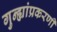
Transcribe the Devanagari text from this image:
गुन्ह्यांप्रकरणी